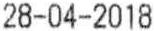
28-04-2018